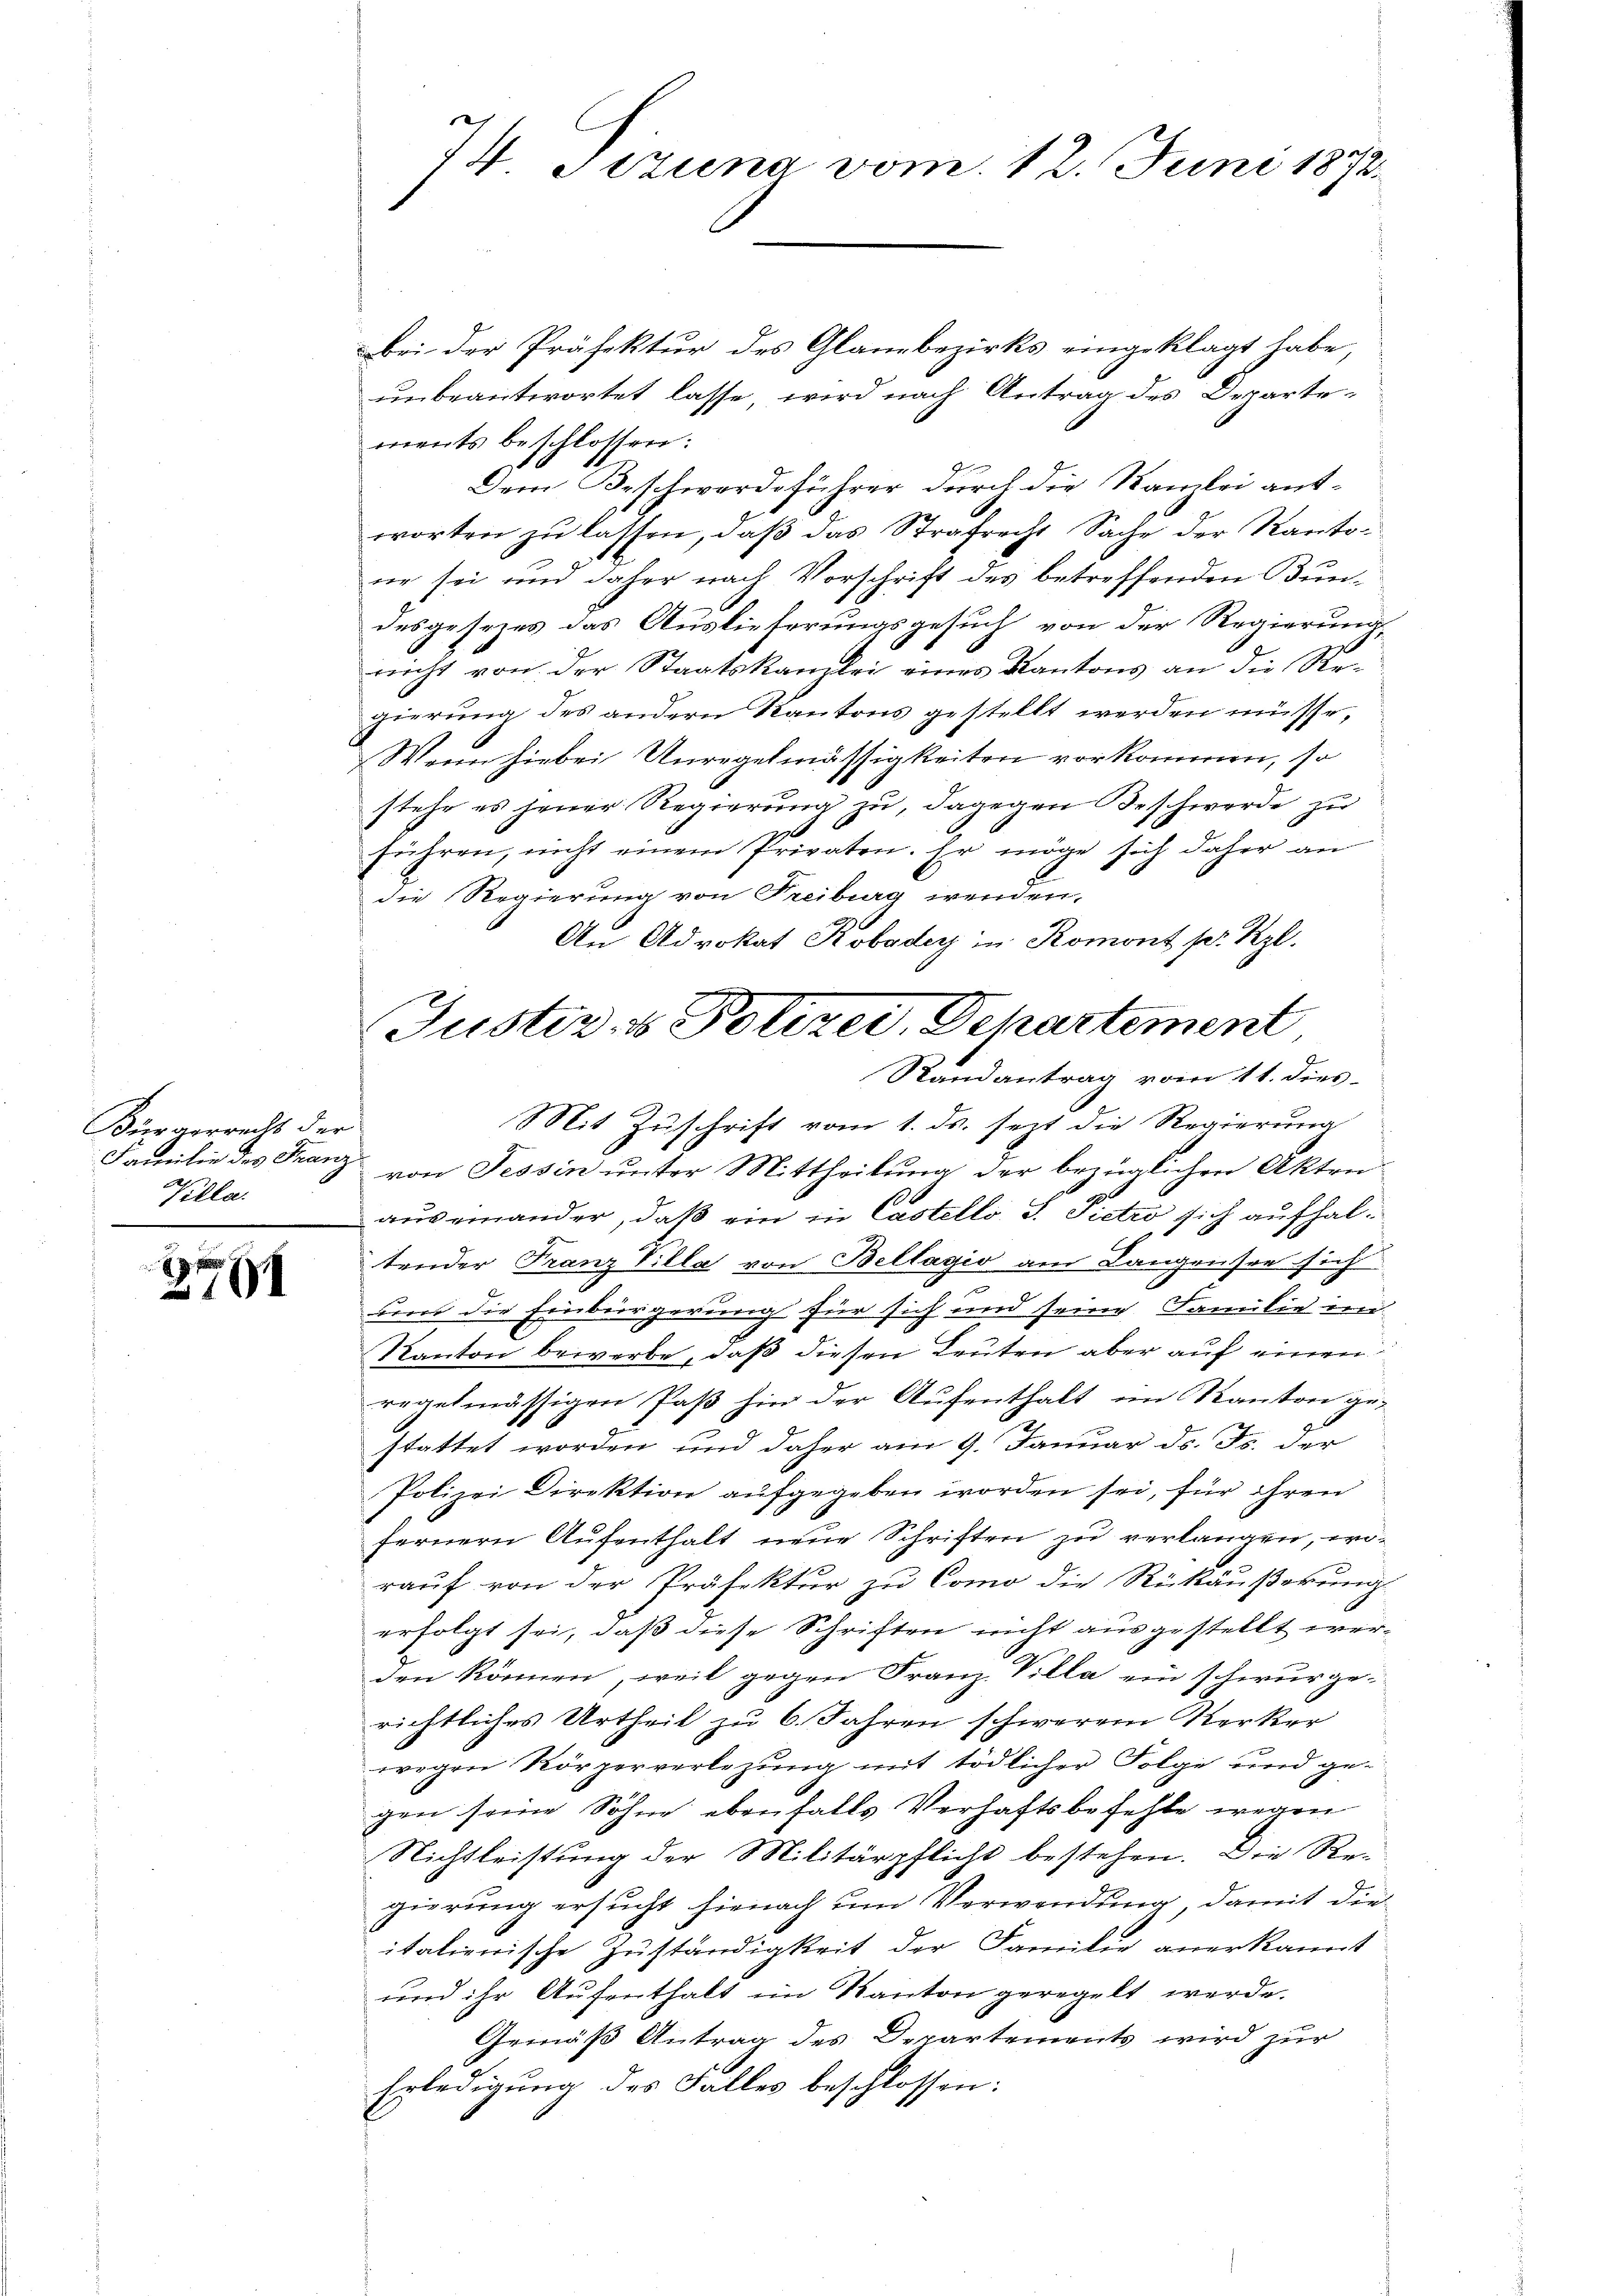
Bürgerrecht der
A
Pilla.

10

74. Jezuna vom 12. Juni 1872.

bei der Präfektur des Glanzbezirks eingeklagt habe,
unbeantwortet lasse, wird nach Antrag des Departements beschlossen:
Dem Beschwerdeführer durch die Namlei antworten zu lassen, daß das Strafrecht Sache der Kantoer sei und daher nach Vorschrift des betreffenden Bundesgesezes das Auslieferungsgesuch von der Regierung,
nicht von der Staatskanzlei eines Kantons an die Regierung des andern Kantons gestellt werden müsse,
Wenn hiebei Unregelmässigkeiten vorkommen, so
stehe es jener Regierung zu, dagegen Beschwerde zu
führen, nicht einem Privaten. Er möge sich daher an
die Regierung von Freiburg wenden.
An Advokat Robader in Romont pr. Kgl.
Mit Zuschrift vom 1. ds. sezt die Regierung
Familie des Franz von Tessin unter Mittheilung der bezüglichen Akten
auseinander, daß ein in Castello S. Pietro sich aufhaltender Franz Villa von Bellagio am Langensee sich
f
und die Einbürgerung für sich und seine Familie im
Kanton bewerbe, daß diesen Leuten aber auf einen
regelmässigen Paß hin der Aufenthalt im Kanton gestattet worden und daher am 9. Januar d. Js. der
Polizei Direktion aufgegeben worden sei, für ihren
fernern Aufenthalt neue Schriften zu verlangen, woraŭf von der Präfektur zu Como die Rückäußerung
erfolgt sei, daß diese Schriften nicht ausgestellt werden können, weil gegen Franz Villa ein schwurge-
richtliches Urtheil zu 6. Jahren schweren Kerker
wegen Körperverlegung mit tödlicher Folge und gegen seine Söhne ebenfalls Verhaftsbefehle wegen
Nichtleistung der Militärpflicht bestehen. Die Regierung ersucht hienach um Verwendung, damit dieitalienische Zuständigkeit der Familie anerkannt
und ihr Aufenthalt im Kanton geregelt werde.
Gemäß Antrag des Departements wird zur
Erledigung des Falles beschlossen:

Justiz & Polizei, Departement
Randantrag vom 11. dies